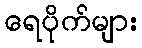
ရေပိုက်များ